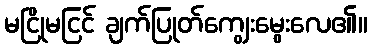
မငြိုမငြင် ချက်ပြုတ်ကျွေးမွေးလေ၏။